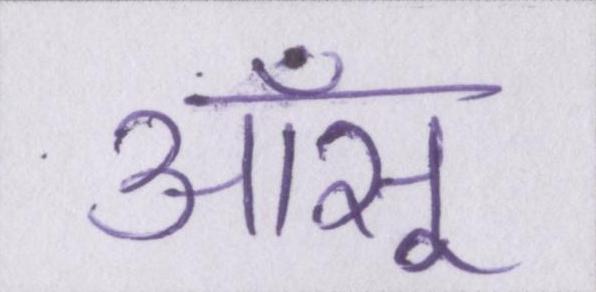
आँसू